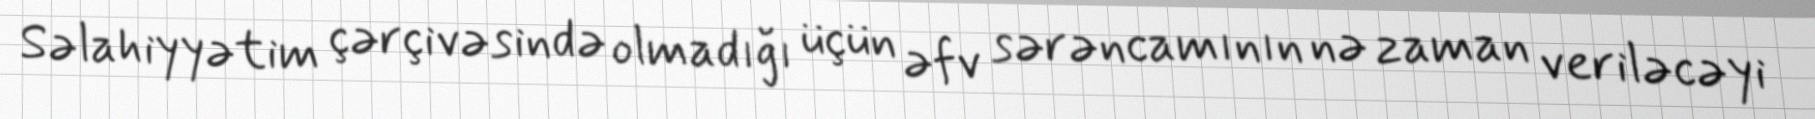
Səlahiyyətim çərçivəsində olmadığı üçün əfv sərəncamının nə zaman veriləcəyi